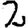
Digit: 2